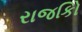
રાજકોિ